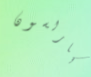
كارلسون